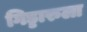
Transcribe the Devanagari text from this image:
गिड्डारुला